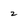
Character: 2